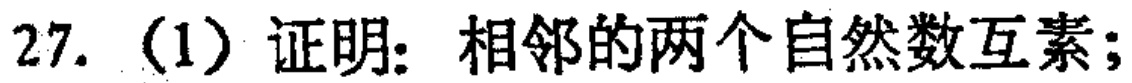
27. (1) 证明：相邻的两个自然数互素；